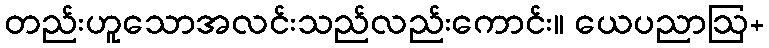
တည်းဟူသောအလင်းသည်လည်းကောင်း။ ယေပညာဩ+